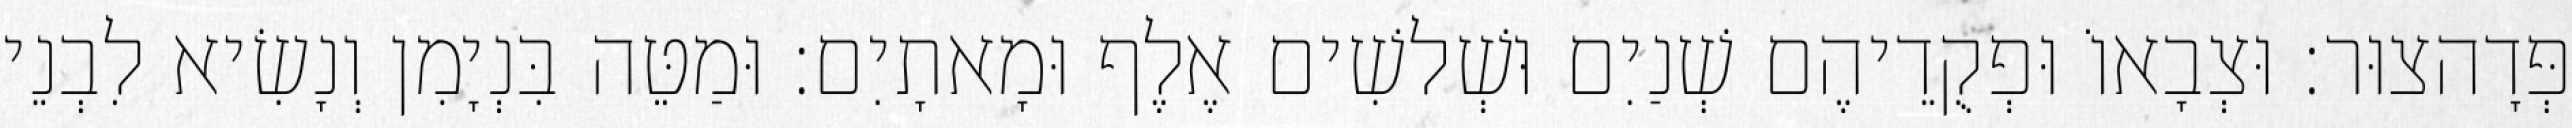
פְּדָהצוּר׃ וּצְבָאוֹ וּפְקֻדֵיהֶם שְׁנַיִם וּשְׁלשִׁים אֶלֶף וּמָאתָיִם׃ וּמַטֵּה בִּנְיָמִן וְנָשִׂיא לִבְנֵי